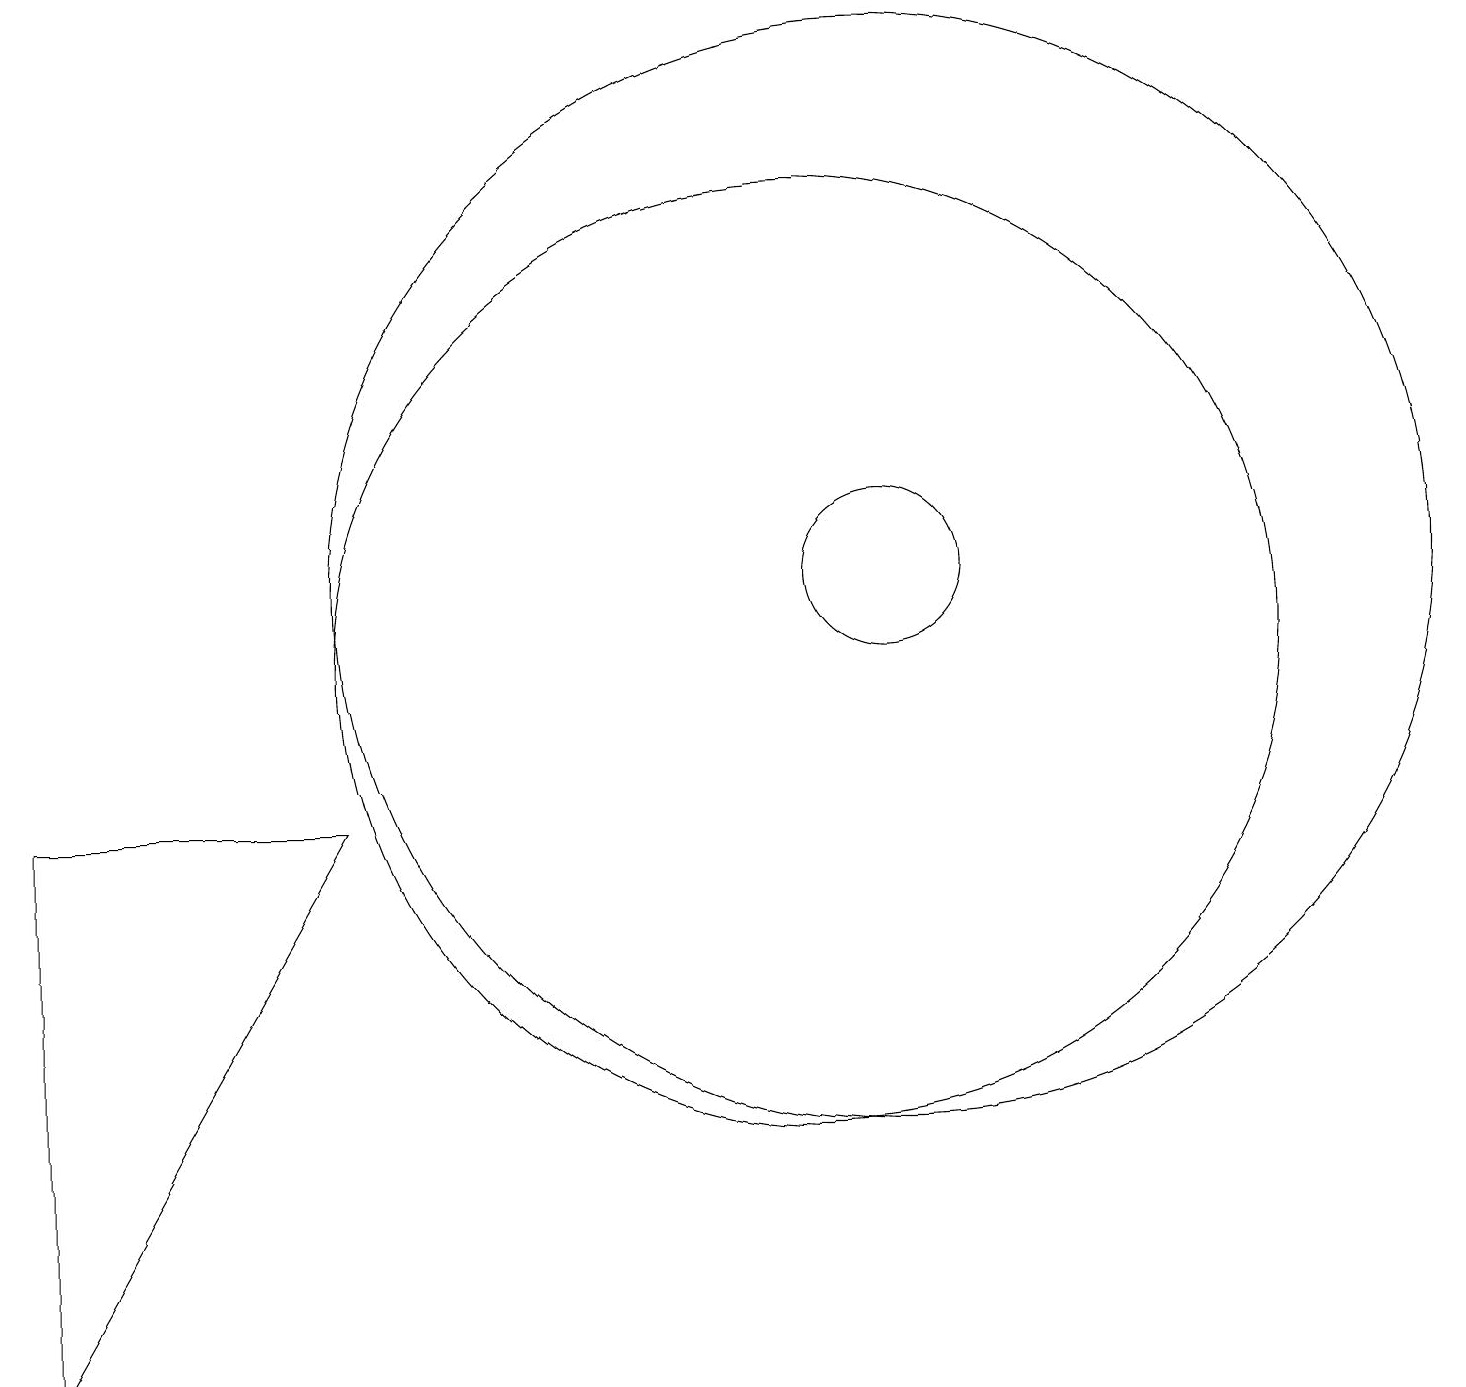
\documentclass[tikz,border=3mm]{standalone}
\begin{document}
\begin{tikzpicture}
\draw (12,11) circle (7);
\draw (1,8) -- (1,1) -- (5,8) -- cycle;
\draw (12,11) circle (1);
\draw (11,10) circle (6);
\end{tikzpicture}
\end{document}